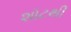
શૉટથી